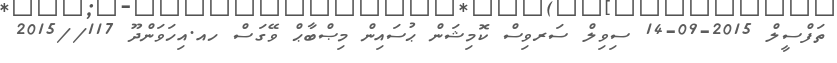
ތަފްސީލް 2015-09-14 ސިވިލް ސަރވިސް ކޮމިޝަން ޙުސައިން މިޞްބާޙް ވޭގަސް ހއ.އިހަވަންދޫ 117//2015